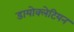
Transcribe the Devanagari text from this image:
डायोक्लेटियन